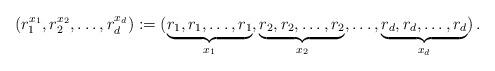
LaTeX: \begin{align*} (r_1^{x_1},r_2^{x_2},\ldots,r_d^{x_d}):=(\underbrace{r_1,r_1,\ldots,r_1}_{x_1},\underbrace{r_2,r_2,\ldots,r_2}_{x_2},\ldots,\underbrace{r_d,r_d,\ldots,r_d}_{x_d}) \, .\end{align*}